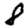
Digit: 8